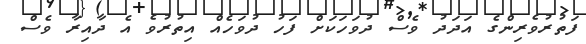
ފަތުރުވެރިންގެ އަދަދު ވެސް ދުވަހަކަށް ފަހު ދުވަހެއް އިތުރުވެ އެ ދާއިރާ ވެސް